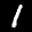
Label: 1